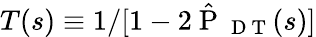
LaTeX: T(s)\equiv 1/[1-2\hat{\mathrm{~P~}}_{\mathrm{~D~T~}}(s)]